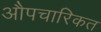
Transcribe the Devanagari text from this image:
औपचारिकत